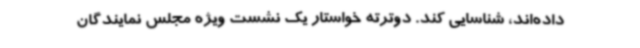
داده‌اند، شناسایی کند. دوترته خواستار یک نشست ویژه مجلس نمایندگان